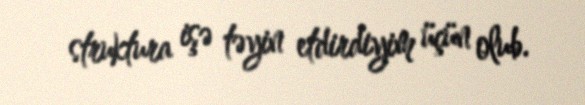
struktura işə təyin etdirdiyim üçün olub.